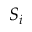
S _ { i }